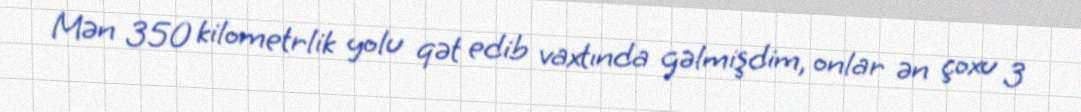
Mən 350 kilometrlik yolu qət edib vaxtında gəlmişdim, onlar ən çoxu 3